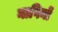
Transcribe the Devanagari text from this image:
नागिनों